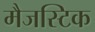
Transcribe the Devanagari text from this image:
मैजस्टिक